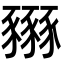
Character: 𧲏